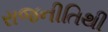
રાજનીતિથી